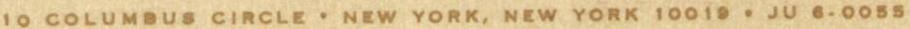
1O COLUMBUS CIRCLE . NEW YORK, NEW YORK 1OO19 . JU 6.0055